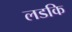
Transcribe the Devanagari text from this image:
लडकि